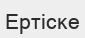
Ертіске